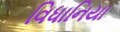
વિધાનિયા